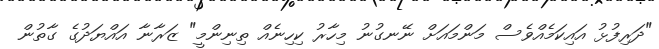
"ދަރިފުޅު އައިކަމެއްވެސް މަންމައަށް ނޭނގުނު މިހާރު ކިހިނެއް ތިނިންމީ" ޒަރާނާ އައްޔަދުގެ ގާތުން